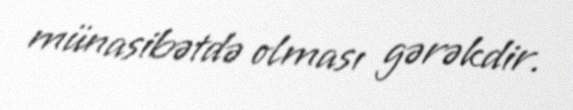
münasibətdə olması gərəkdir.